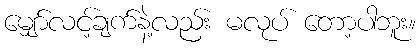
မျှော်လင့်ချက်နဲ့လည်း မလုပ် တော့ပါဘူး။